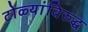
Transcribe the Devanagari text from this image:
टोळ्यांविरुद्ध